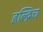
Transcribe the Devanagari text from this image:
हल्द्रिच